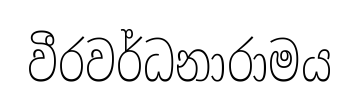
වීරවර්ධනාරාමය